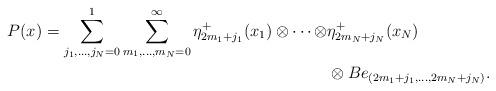
LaTeX: \begin{align*}P(x)=\sum_{j_1,...,j_N=0}^1\sum_{m_1,...,m_N=0}^\infty \eta_{2m_1+j_1}^+(x_1)\otimes \cdots\otimes &\eta_{2m_N+j_N}^+(x_N)\\&\otimes Be_{(2m_1+j_1,...,2m_N+j_N)}.\end{align*}